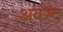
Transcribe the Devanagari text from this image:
अवरद